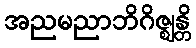
အညမညာဘိဂိဇ္ဈန္တိ